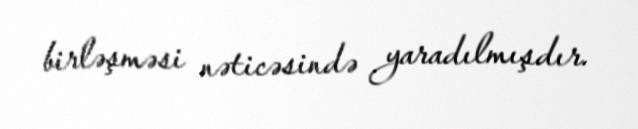
birləşməsi nəticəsində yaradılmışdır.